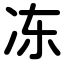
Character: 冻